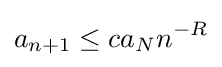
a_{n+1}\leq ca_{N}n^{-R}